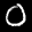
Label: 0